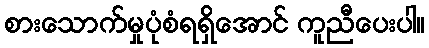
စားသောက်မှုပုံစံရရှိအောင် ကူညီပေးပါ။